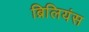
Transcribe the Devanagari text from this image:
ब्रिलियंस